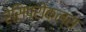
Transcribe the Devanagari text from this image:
रेसिप्रोकल्स